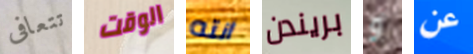
تتعافى الوقت انته بريندن و عن